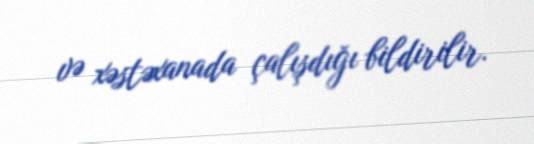
və xəstəxanada çalışdığı bildirilir.